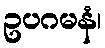
ဥပဂမနံ၊